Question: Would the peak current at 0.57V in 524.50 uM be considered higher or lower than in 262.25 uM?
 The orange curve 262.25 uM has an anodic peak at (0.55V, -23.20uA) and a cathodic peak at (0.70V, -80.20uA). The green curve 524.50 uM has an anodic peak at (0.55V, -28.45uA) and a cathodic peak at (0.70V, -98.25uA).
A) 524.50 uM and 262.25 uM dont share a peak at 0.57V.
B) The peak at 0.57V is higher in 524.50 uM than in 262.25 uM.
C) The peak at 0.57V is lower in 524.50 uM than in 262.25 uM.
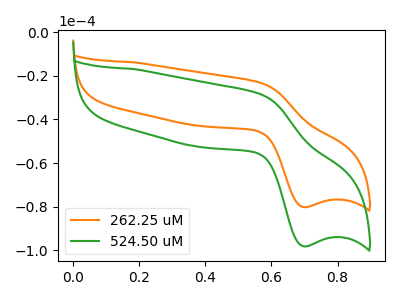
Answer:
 <answer>C) The peak at 0.57V is lower in "524.50 uM" than in "262.25 uM".</answer>
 <eval>C</eval>